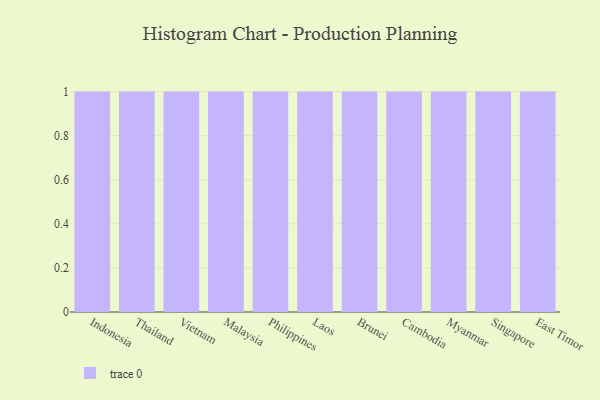
{"axis": {"x": "Country", "y": "Humidity (%)"}, "legend": [""], "data": [{"x": "Indonesia", "y": 80, "type": ""}, {"x": "Thailand", "y": 97, "type": ""}, {"x": "Vietnam", "y": 97, "type": ""}, {"x": "Malaysia", "y": 67, "type": ""}, {"x": "Philippines", "y": 66, "type": ""}, {"x": "Laos", "y": 84, "type": ""}, {"x": "Brunei", "y": 85, "type": ""}, {"x": "Cambodia", "y": 83, "type": ""}, {"x": "Myanmar", "y": 72, "type": ""}, {"x": "Singapore", "y": 60, "type": ""}, {"x": "East Timor", "y": 63, "type": ""}]}